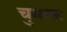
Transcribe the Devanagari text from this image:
चुमारू